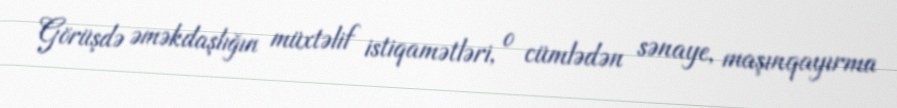
Görüşdə əməkdaşlığın müxtəlif istiqamətləri, o cümlədən sənaye, maşınqayırma